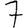
Digit: 7